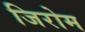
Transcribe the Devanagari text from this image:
जिरोम